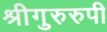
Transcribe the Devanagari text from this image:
श्रीगुरुरुपी